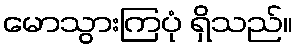
မောသွားကြပုံ ရှိသည်။